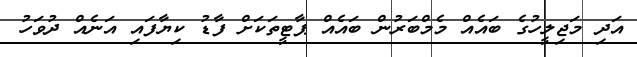
އަދި މަޖިލީހުގެ ބައެއް މެމްބަރުން ބައެއް ޕާޓީތަކަށް ފާޑު ކިޔާފައި އަނެއް ދުވަހު